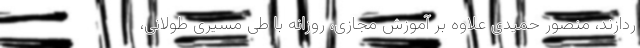
ردازند، منصور حمیدی علاوه بر آموزش مجازی، روزانه با طی مسیری طولانی،